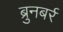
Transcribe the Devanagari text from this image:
ब्रुनबर्र